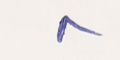
٨